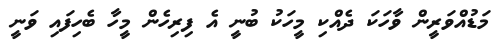
މަޑުއްވަރީން ވާހަކަ ދެއްކި މީހަކު ބުނީ އެ ފިރިހެން މީހާ ބެހިފައި ވަނީ